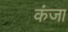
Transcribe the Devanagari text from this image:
कंजा